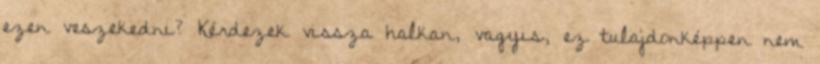
ezen veszekedni? Kérdezek vissza halkan, vagyis, ez tulajdonképpen nem